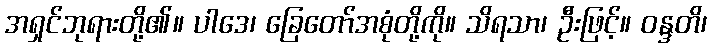
အရှင်ဘုရားတို့၏။ ပါဒေ၊ ခြေတော်အစုံတို့ကို။ သိရသာ၊ ဦးဖြင့်။ ဝန္ဒတိ၊